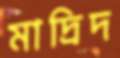
মাদ্রিদ